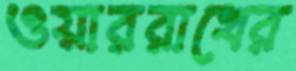
ওয়াররাখের